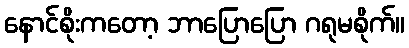
နောင်စိုးကတော့ ဘာပြောပြော ဂရုမစိုက်။